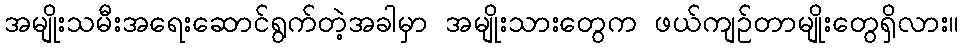
အမျိုးသမီးအရေးဆောင်ရွက်တဲ့အခါမှာ အမျိုးသားတွေက ဖယ်ကျဉ်တာမျိုးတွေရှိလား။